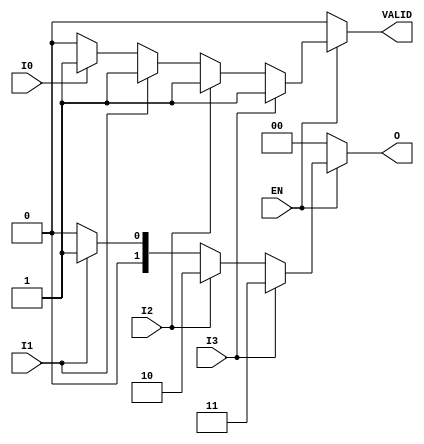
module priority_encoder (
    input wire   I0,    // Input 0
    input wire   I1,    // Input 1
    input wire   I2,    // Input 2
    input wire   I3,    // Input 3
    input wire   EN,    // Enable input
    output reg [1:0] O, // 2-bit output for the encoded value
    output reg VALID    // Output to indicate if any input is active
);

// Always block to describe the behavior of the priority encoder
always @(*) begin
    // Default values
    O = 2'b00;       // Default output if no inputs are active
    VALID = 1'b0;    // Default valid output

    if (EN) begin
        // Check for inputs in priority order
        if (I3) begin
            O = 2'b11;  // Output for input I3
            VALID = 1'b1; // Input is active
        end else if (I2) begin
            O = 2'b10;  // Output for input I2
            VALID = 1'b1; // Input is active
        end else if (I1) begin
            O = 2'b01;  // Output for input I1
            VALID = 1'b1; // Input is active
        end else if (I0) begin
            O = 2'b00;  // Output for input I0
            VALID = 1'b1; // Input is active
        end
    end
end

endmodule